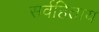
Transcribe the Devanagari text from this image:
सर्वहिताय